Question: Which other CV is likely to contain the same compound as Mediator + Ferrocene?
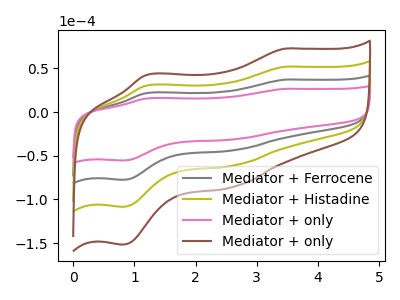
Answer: <think>The gray curve "Mediator + Ferrocene" has anodic peaks at (3.45V, 37.10uA) (1.20V, 21.80uA) and cathodic peaks at (2.65V, -43.65uA) (0.80V, -77.55uA). The olive curve "Mediator + Histadine" has anodic peaks at (3.45V, 74.15uA) (1.20V, 43.55uA) and cathodic peaks at (2.65V, -87.25uA) (0.80V, -155.10uA). The pink curve "Mediator + only" has anodic peaks at (3.45V, 26.50uA) (1.20V, 15.55uA) and cathodic peaks at (2.65V, -31.20uA) (0.80V, -55.45uA). The brown curve "Mediator + only" has anodic peaks at (3.45V, 111.25uA) (1.20V, 65.35uA) and cathodic peaks at (2.65V, -130.90uA) (0.80V, -232.70uA).
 All the peaks in "Mediator + Ferrocene" have a peak in "Mediator + Histadine" at the same potential. Every peak in "Mediator + Ferrocene" is lower than every peak in "Mediator + Histadine". All the peaks in "Mediator + Ferrocene" have a peak in "Mediator + only" at the same potential. Every peak in "Mediator + Ferrocene" is higher than every peak in "Mediator + only". All the peaks in "Mediator + Ferrocene" have a peak in "Mediator + only" at the same potential. Every peak in "Mediator + Ferrocene" is lower than every peak in "Mediator + only". All the peaks in "Mediator + Histadine" have a peak in "Mediator + only" at the same potential. Every peak in "Mediator + Histadine" is higher than every peak in "Mediator + only". All the peaks in "Mediator + Histadine" have a peak in "Mediator + only" at the same potential. Every peak in "Mediator + Histadine" is lower than every peak in "Mediator + only". All the peaks in "Mediator + only" have a peak in "Mediator + only" at the same potential. Every peak in "Mediator + only" is lower than every peak in "Mediator + only".</think>
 <answer>"Mediator + Ferrocene", "Mediator + Histadine" and "Mediator + only" have a similar shape to "Mediator + only".</answer>
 <eval>"Mediator + Ferrocene" "Mediator + Histadine" "Mediator + only"</eval>